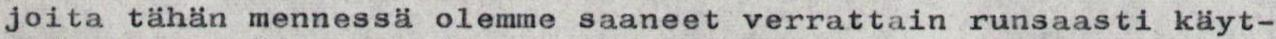
joita tähän mennessä olemme saaneet verrattain runsaasti käyt-